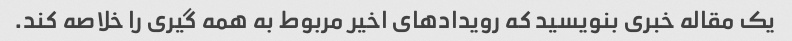
یک مقاله خبری بنویسید که رویدادهای اخیر مربوط به همه گیری را خلاصه کند.